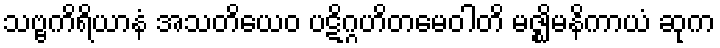
သဗ္ဗကိရိယာနံ အသတိယေဝ ပဋိဂ္ဂဟိတမေဝါတိ မဇ္ဈိမနိကာယံ ဆုက